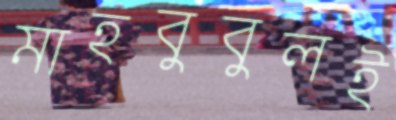
মাহবুবুলই